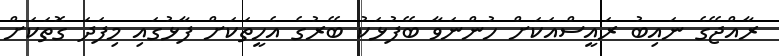
ރާއްޖޭގެ ނައިބު ރައީސްއަކަށް ހުންނަވާ ބޭފުޅަކު ބޭރުގެ އެހީތަކަށް ފާޅުގައި މިފަދަ ގޮތަކަށް